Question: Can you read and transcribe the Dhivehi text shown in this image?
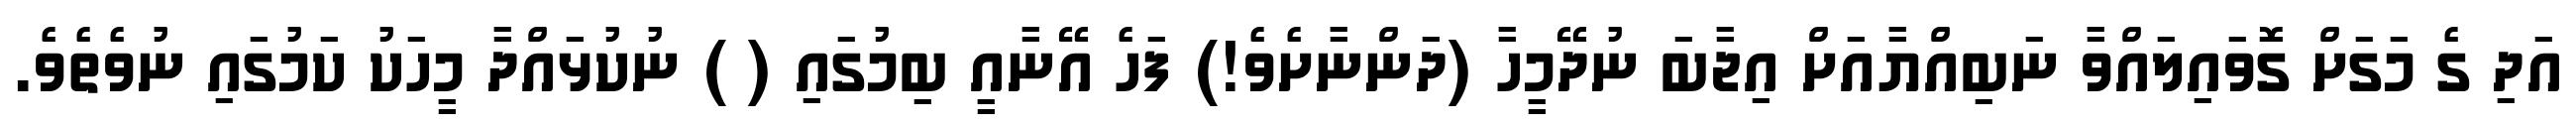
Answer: އަދި ގެ މަގަށް ގޮވައިލައްވާ ނަބިއްޔާއަށް އިޖާބަ ނުދޭމީހާ (ދަންނާށެވެ!) ފަހެ އޭނާއީ ބިމުގައި ( ) ނުކުޅައްދާ މީހަކު ކަމުގައި ނުވެތެވެ.